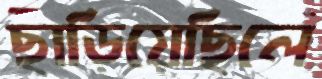
ছাড়িয়েছিলে